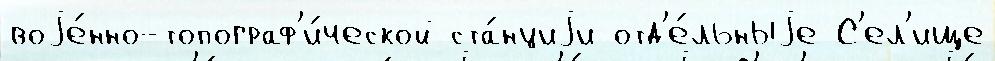
воjе́нно-топограф'и́ческой ста́нциjи отд'е́льныjе С'ел'ище